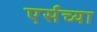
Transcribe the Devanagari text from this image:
एर्सच्या